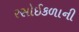
રસોઈકળાની